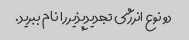
دو نوع انرژی تجدیدپذیر را نام ببرید.